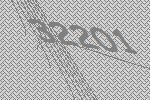
32201